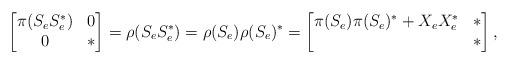
LaTeX: \begin{align*}\begin{bmatrix}\pi(S_eS_e^*) & 0\\0 & *\end{bmatrix}=\rho(S_eS_e^*)=\rho(S_e)\rho(S_e)^*=\begin{bmatrix}\pi(S_e)\pi(S_e)^*+X_eX_e^* & *\\* & *\end{bmatrix},\end{align*}